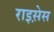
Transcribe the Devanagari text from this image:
राइस़ेस